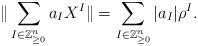
\begin{align*}\|\sum_{I \in \mathbb{Z}^{n}_{\geq 0}} a_I X^I\| = \sum_{I \in \mathbb{Z}^{n}_{\geq 0}} |a_I|\rho^{I}.\end{align*}